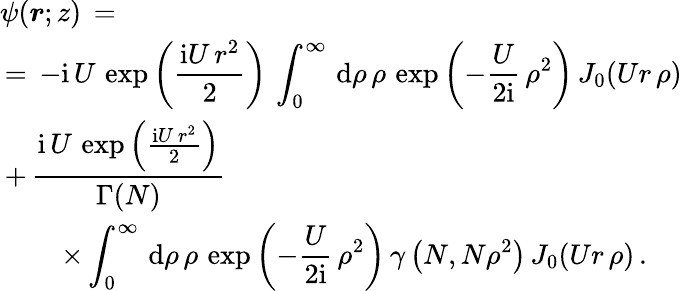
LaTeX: \begin{array}{l}{\displaystyle\psi(\boldsymbol{r};z)\, =\, }\\ {\displaystyle\, =\, -{\mathrm{i}\, U\, \exp\left(\frac{\mathrm{i}U\, r^{2}}2\right)}\, \int_{0}^{\infty}\, \mathrm{d}\rho\, \rho\, \exp\left(-\frac U{2\mathrm{i}}\, \rho^{2}\right)\, J_{0}(Ur\, \rho)\, }\\ {\displaystyle\, +\, \frac{\mathrm{i}\, U\, \exp\left(\frac{\mathrm{i}U\, r^{2}}2\right)}{\Gamma(N)}\, }\\ {\displaystyle\qquad\, \times\int_{0}^{\infty}\, \mathrm{d}\rho\, \rho\, \exp\left(-\frac U{2\mathrm{i}}\, \rho^{2}\right)\, \gamma\left(N,N\rho^{2}\right)\, J_{0}(Ur\, \rho)\, .}\end{array}